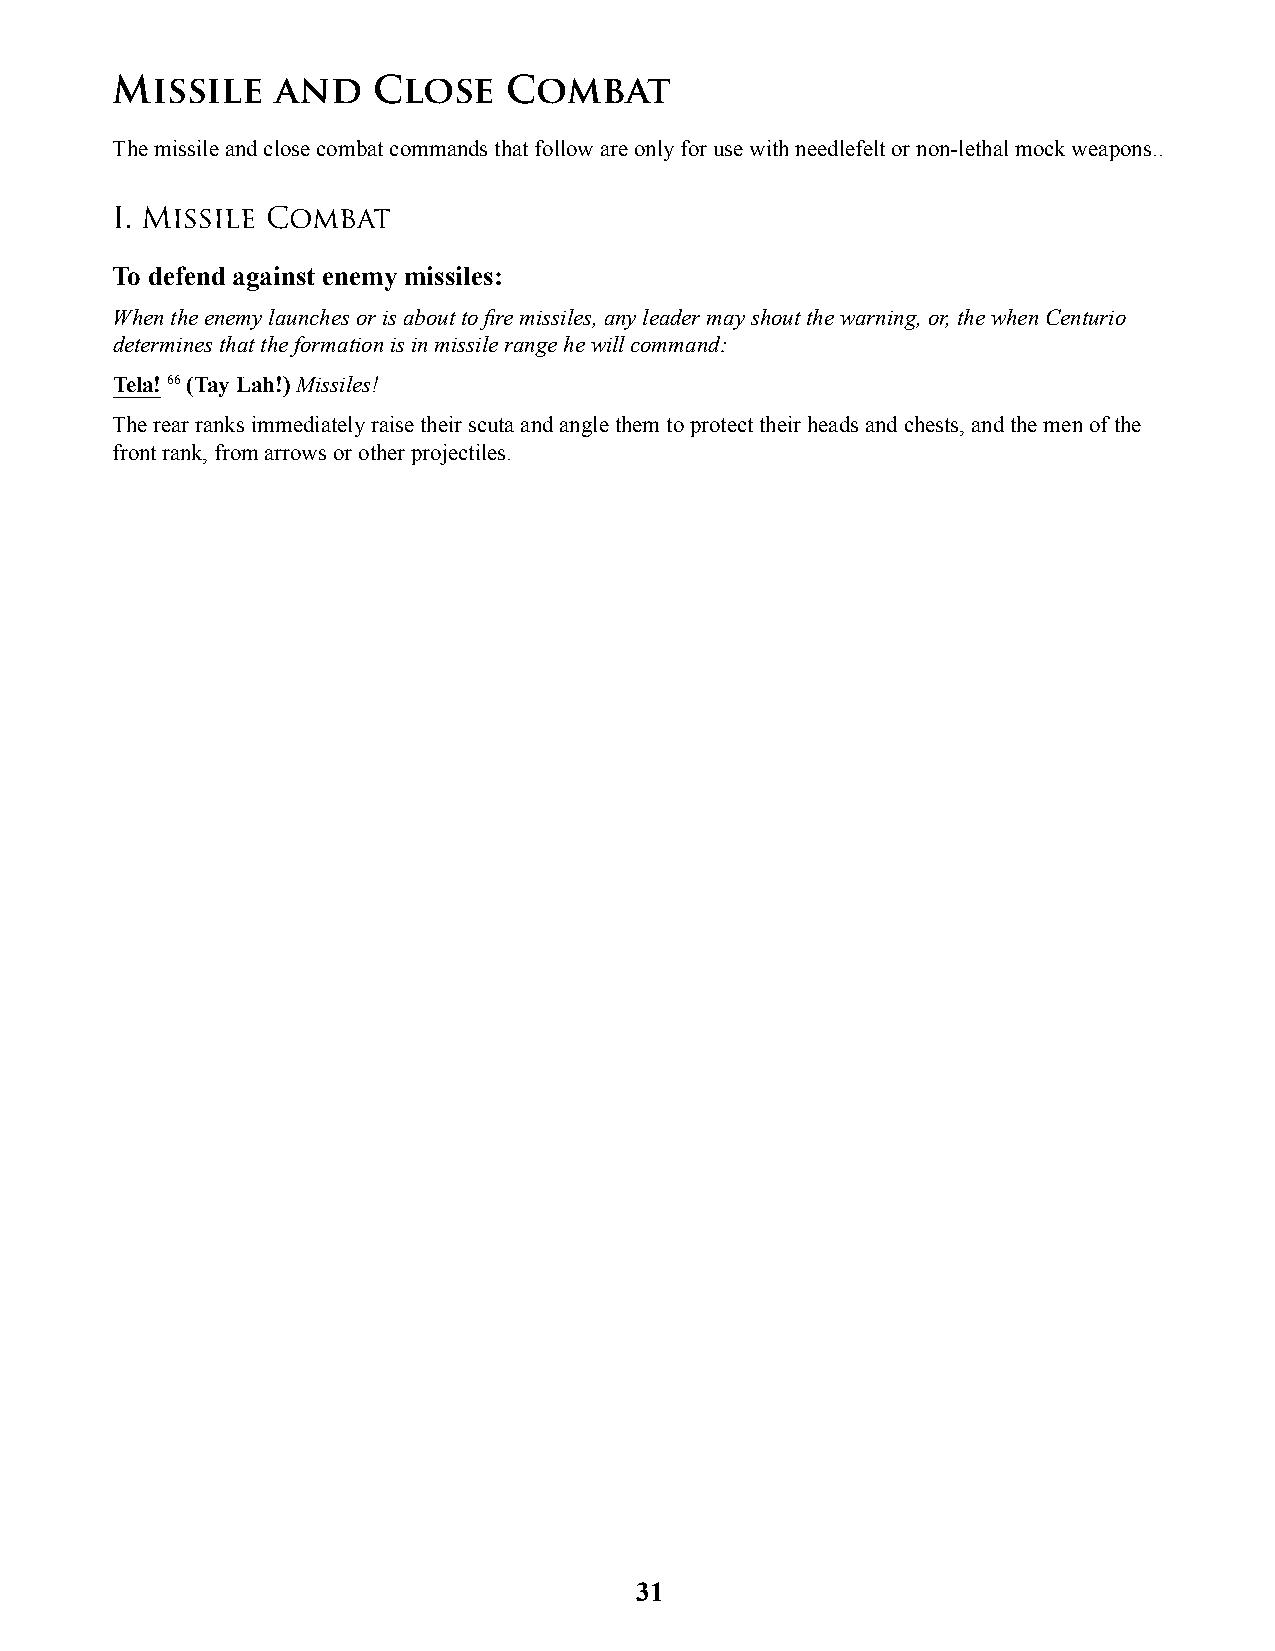
Missile    and    Close    Combat
 The missile and close combat commands that follow are only for use with needlefelt or non-lethal mock weapons..
 I. Missile Combat
 To defend against enemy missiles:
 When the enemy launches or is about to fi re missiles, any leader may shout the warning, or, the when Centurio
 determines that the formation is in missile range he will command:
 Tela! 66 (Tay Lah!) Missiles!
 The rear ranks immediately raise their scuta and angle them to protect their heads and chests, and the men of the
 front rank, from arrows or other projectiles.
 31